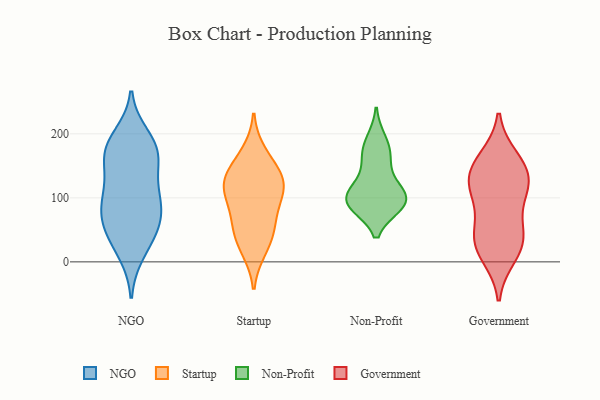
{"axis": {"x": "Website Visitors", "y": "Value"}, "legend": ["Government", "NGO", "Non-Profit", "Startup"], "data": [{"x": "", "y": 30, "type": "NGO"}, {"x": "", "y": 178, "type": "NGO"}, {"x": "", "y": 168, "type": "NGO"}, {"x": "", "y": 107, "type": "NGO"}, {"x": "", "y": 76, "type": "NGO"}, {"x": "", "y": 118, "type": "NGO"}, {"x": "", "y": 91, "type": "NGO"}, {"x": "", "y": 164, "type": "NGO"}, {"x": "", "y": 58, "type": "NGO"}, {"x": "", "y": 179, "type": "NGO"}, {"x": "", "y": 195, "type": "NGO"}, {"x": "", "y": 64, "type": "NGO"}, {"x": "", "y": 15, "type": "NGO"}, {"x": "", "y": 51, "type": "NGO"}, {"x": "", "y": 100, "type": "NGO"}, {"x": "", "y": 162, "type": "NGO"}, {"x": "", "y": 124, "type": "Startup"}, {"x": "", "y": 109, "type": "Startup"}, {"x": "", "y": 128, "type": "Startup"}, {"x": "", "y": 120, "type": "Startup"}, {"x": "", "y": 35, "type": "Startup"}, {"x": "", "y": 146, "type": "Startup"}, {"x": "", "y": 58, "type": "Startup"}, {"x": "", "y": 20, "type": "Startup"}, {"x": "", "y": 169, "type": "Startup"}, {"x": "", "y": 62, "type": "Startup"}, {"x": "", "y": 96, "type": "Startup"}, {"x": "", "y": 92, "type": "Non-Profit"}, {"x": "", "y": 90, "type": "Non-Profit"}, {"x": "", "y": 102, "type": "Non-Profit"}, {"x": "", "y": 162, "type": "Non-Profit"}, {"x": "", "y": 94, "type": "Non-Profit"}, {"x": "", "y": 170, "type": "Non-Profit"}, {"x": "", "y": 105, "type": "Non-Profit"}, {"x": "", "y": 89, "type": "Non-Profit"}, {"x": "", "y": 126, "type": "Non-Profit"}, {"x": "", "y": 190, "type": "Non-Profit"}, {"x": "", "y": 161, "type": "Government"}, {"x": "", "y": 137, "type": "Government"}, {"x": "", "y": 154, "type": "Government"}, {"x": "", "y": 42, "type": "Government"}, {"x": "", "y": 24, "type": "Government"}, {"x": "", "y": 31, "type": "Government"}, {"x": "", "y": 116, "type": "Government"}, {"x": "", "y": 10, "type": "Government"}, {"x": "", "y": 134, "type": "Government"}, {"x": "", "y": 114, "type": "Government"}, {"x": "", "y": 51, "type": "Government"}, {"x": "", "y": 98, "type": "Government"}]}